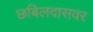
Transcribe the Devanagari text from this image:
छबिलदासवर